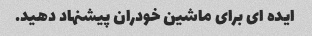
ایده ای برای ماشین خودران پیشنهاد دهید.